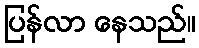
ပြန်လာ နေသည်။